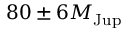
8 0 \pm 6 M _ { \mathrm { J u p } }